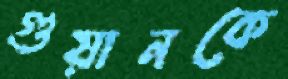
গুয়ানকে